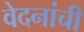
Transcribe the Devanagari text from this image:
वेदनांची